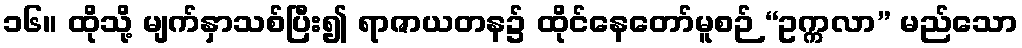
၁၆။ ထိုသို့ မျက်နှာသစ်ပြီး၍ ရာဇာယတန၌ ထိုင်နေတော်မူစဉ် “ဥက္ကလာ” မည်သော